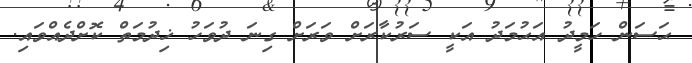
ޙަސަން ހަމީދު އަޙުމަދު އަކީ ސަރުކާރަށް ވަރަށް ގިނަ ދުވަހު ޚިދުމަތް ކޮށްދެއްވައި.